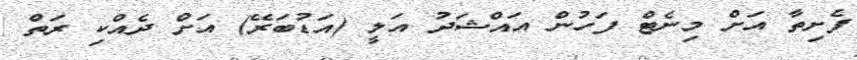
ފެށިތާ އަށް މިނެޓް ފަހުން އައްޝަދު އަލީ (އަޑުބަރޭ) އަށް ދެއްކި ރަތް